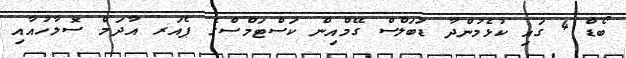
ބޯޑް 4 ގައި ކުޅެމުންދާ ޑަބަލްސް ގޭމްއިން ކަސްޓަމްސްގެ ޕެއަރ އާދަމް ސޮލާހުއާއި